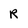
Character: R